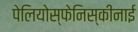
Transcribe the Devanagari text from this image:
पेलियोस्फेनिस्कीनाई